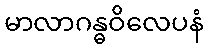
မာလာဂန္ဓဝိလေပနံ